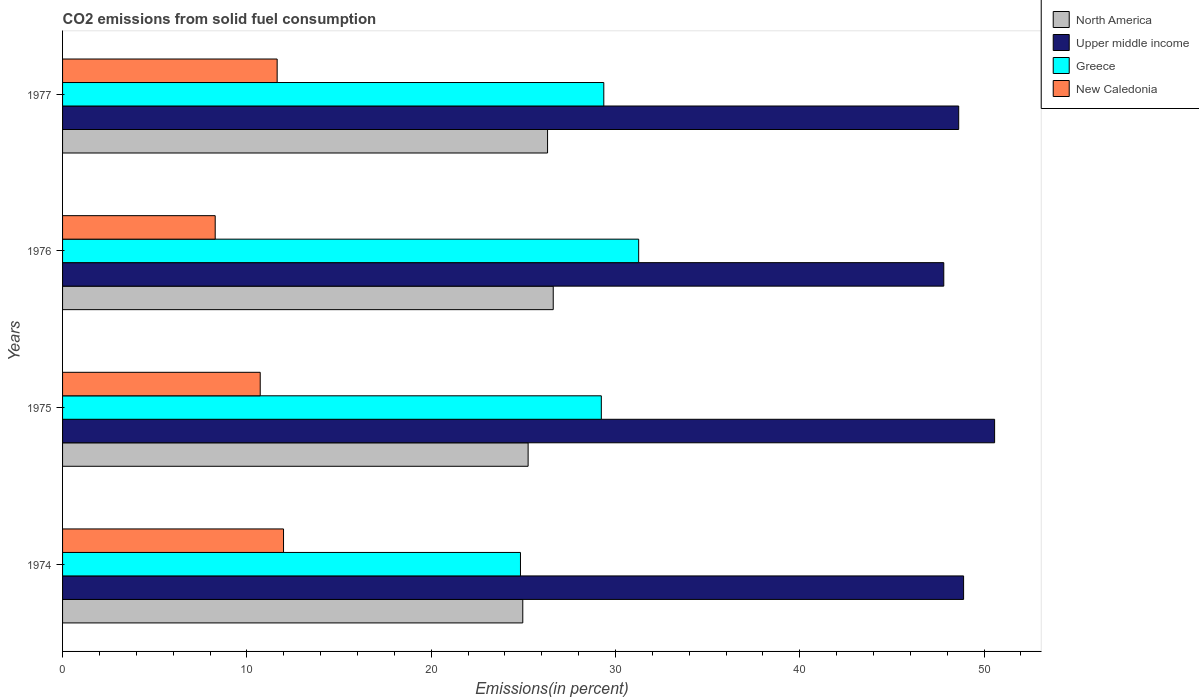
| Years | North America | Upper middle income | Greece | New Caledonia |
 | --- | --- | --- | --- | --- |
 | 1974 | 25 | 48.9 | 24.8 | 12 |
 | 1975 | 25.3 | 50.6 | 29.2 | 10.7 |
 | 1976 | 26.6 | 47.8 | 31.3 | 8.28 |
 | 1977 | 26.3 | 48.6 | 29.4 | 11.6 |